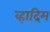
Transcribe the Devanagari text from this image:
व्हादिम